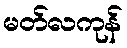
မတ်လကုန်